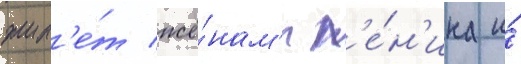
жил'е́т жё́нам'и л'е́н'ина и́